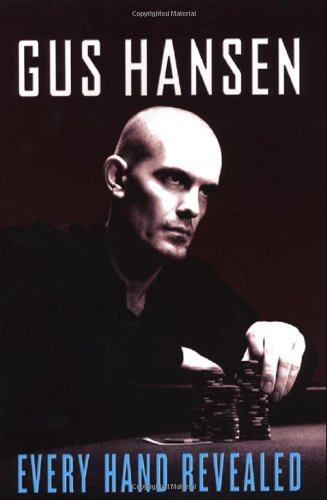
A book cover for Every Hand Revealed; Gus Hansen; Humor & Entertainment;